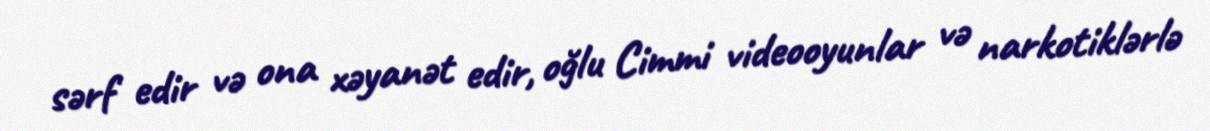
sərf edir və ona xəyanət edir, oğlu Cimmi videooyunlar və narkotiklərlə